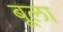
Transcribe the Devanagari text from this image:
बूला